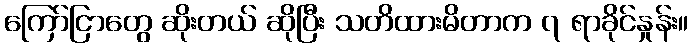
ကြော်ငြာတွေ ဆိုးတယ် ဆိုပြီး သတိထားမိတာက ၇ ရာခိုင်နှုန်း။